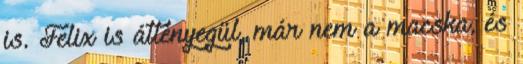
is. Felix is átlényegül, már nem a macska, és